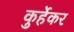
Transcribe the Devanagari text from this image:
कुर्हेकर